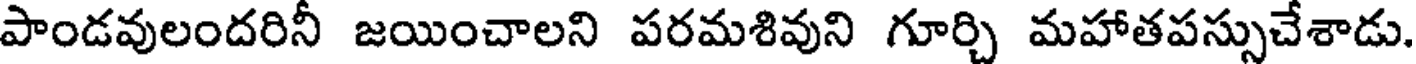
పాండవులందరినీ జయించాలని పరమశివుని గూర్చి మహాతపస్సుచేశాడు